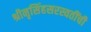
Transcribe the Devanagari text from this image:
श्रीनृसिंहसरस्वतींची